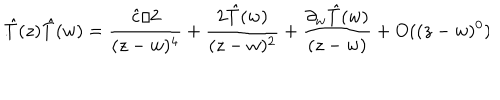
\hat { T } ( z ) \hat { T } ( w ) = \frac { \hat { c } / 2 } { ( z - w ) ^ { 4 } } + \frac { 2 \hat { T } ( w ) } { ( z - w ) ^ { 2 } } + \frac { \partial _ { w } \hat { T } ( w ) } { ( z - w ) } + O ( ( z - w ) ^ { 0 } ) \hspace { . 1 i n } .